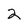
Character: 2